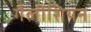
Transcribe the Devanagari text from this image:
गैलीशियन